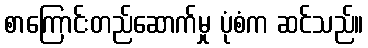
စာကြောင်းတည်ဆောက်မှု ပုံစံက ဆင်သည်။